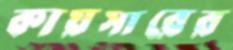
কায়সারের